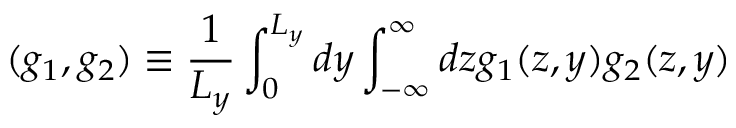
( g _ { 1 } , g _ { 2 } ) \equiv \frac { 1 } { L _ { y } } \int _ { 0 } ^ { L _ { y } } d y \int _ { - \infty } ^ { \infty } d z g _ { 1 } ( z , y ) g _ { 2 } ( z , y )